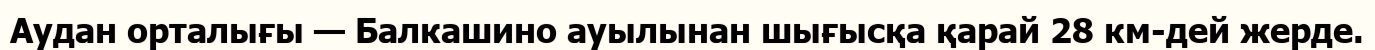
Аудан орталығы — Балкашино ауылынан шығысқа қарай 28 км-дей жерде.